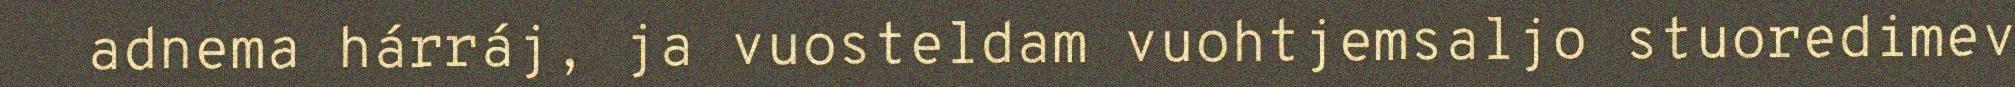
adnema hárráj, ja vuosteldam vuohtjemsaljo stuoredimev